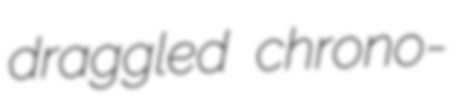
draggled chrono-